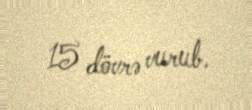
15 dövrə vurub.